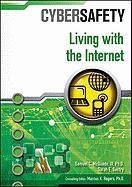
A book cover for Living With the Internet (Cybersafety); Samuel McQuade III PhD; Children's Books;